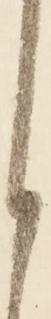
ら